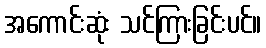
အကောင်းဆုံး သင်ကြားခြင်းပင်။